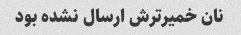
نان خمیرترش ارسال نشده بود